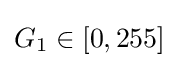
G_{1}\in [0,255]